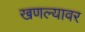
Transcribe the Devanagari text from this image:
खणल्यावर